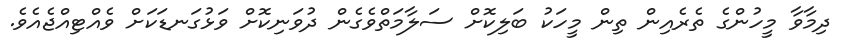
ދިމާވާ މީހުންގެ ތެރެއިން ތިން މީހަކު ބަލިކޮށް ސަލާމަތްވެގެން ދުވަނިކޮށް ވަޅުގަނޑަކަށް ވެއްޓިއްޖެއެވެ.